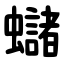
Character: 蠩